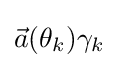
{\vec {a}}(\theta _{k})\gamma _{k}